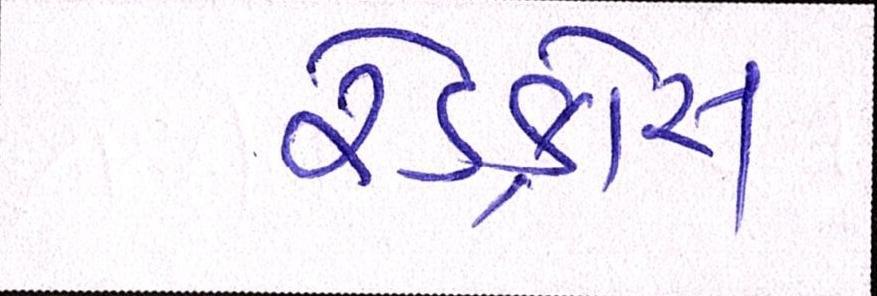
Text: રેડક્રોસ